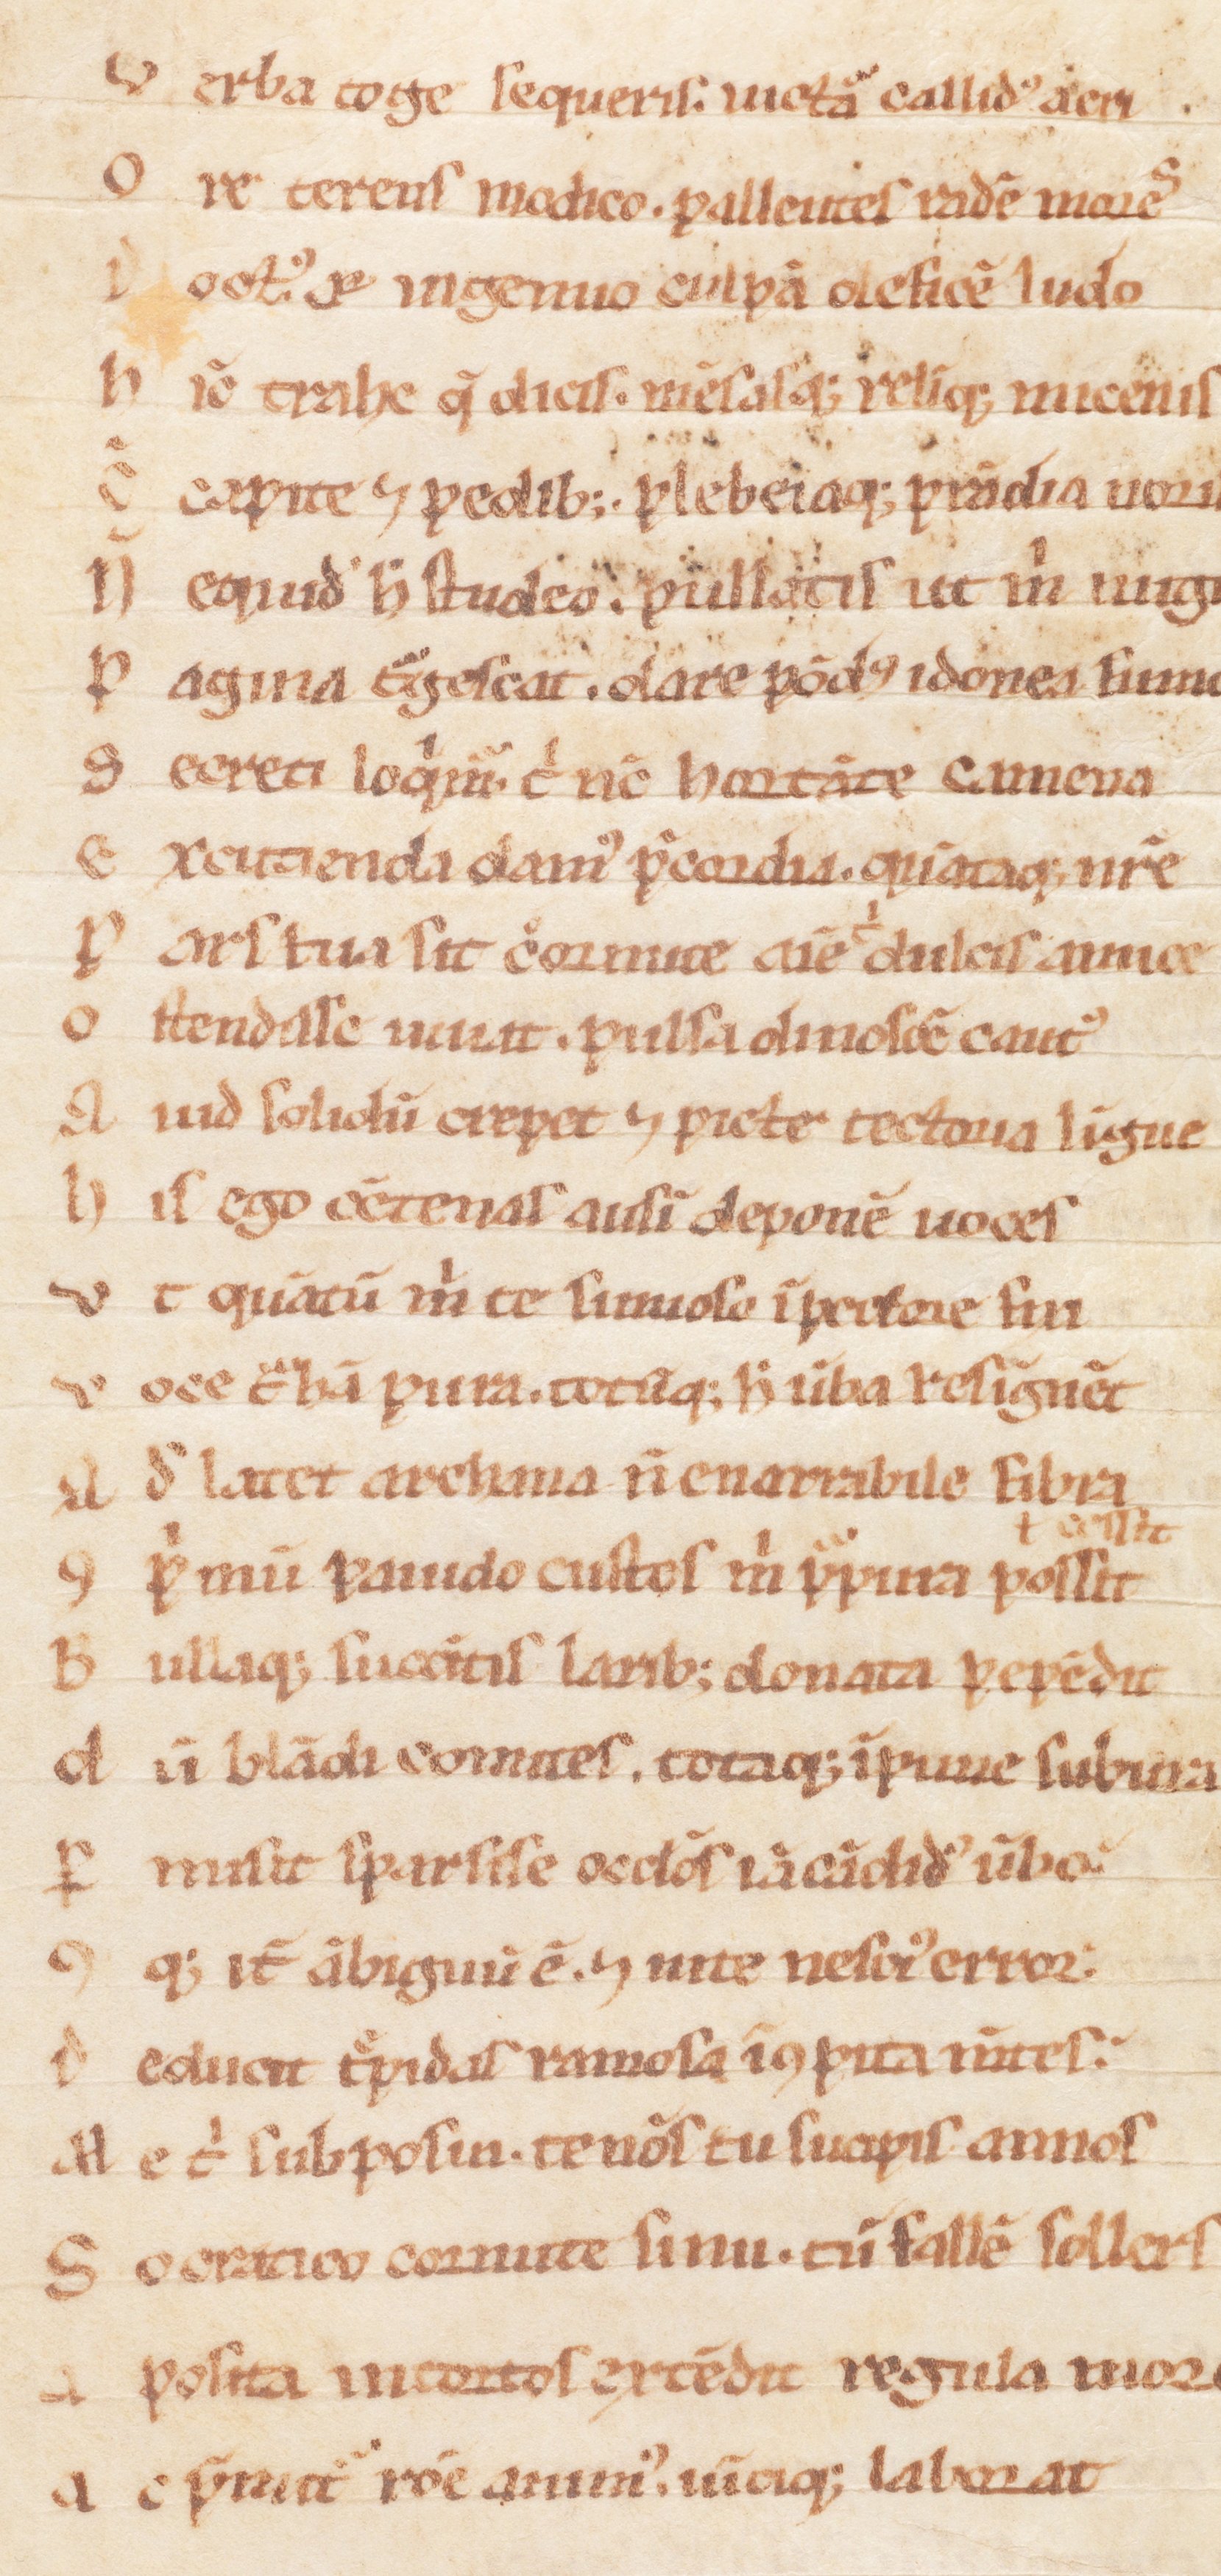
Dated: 1100–1199